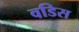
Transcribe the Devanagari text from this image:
वडिस